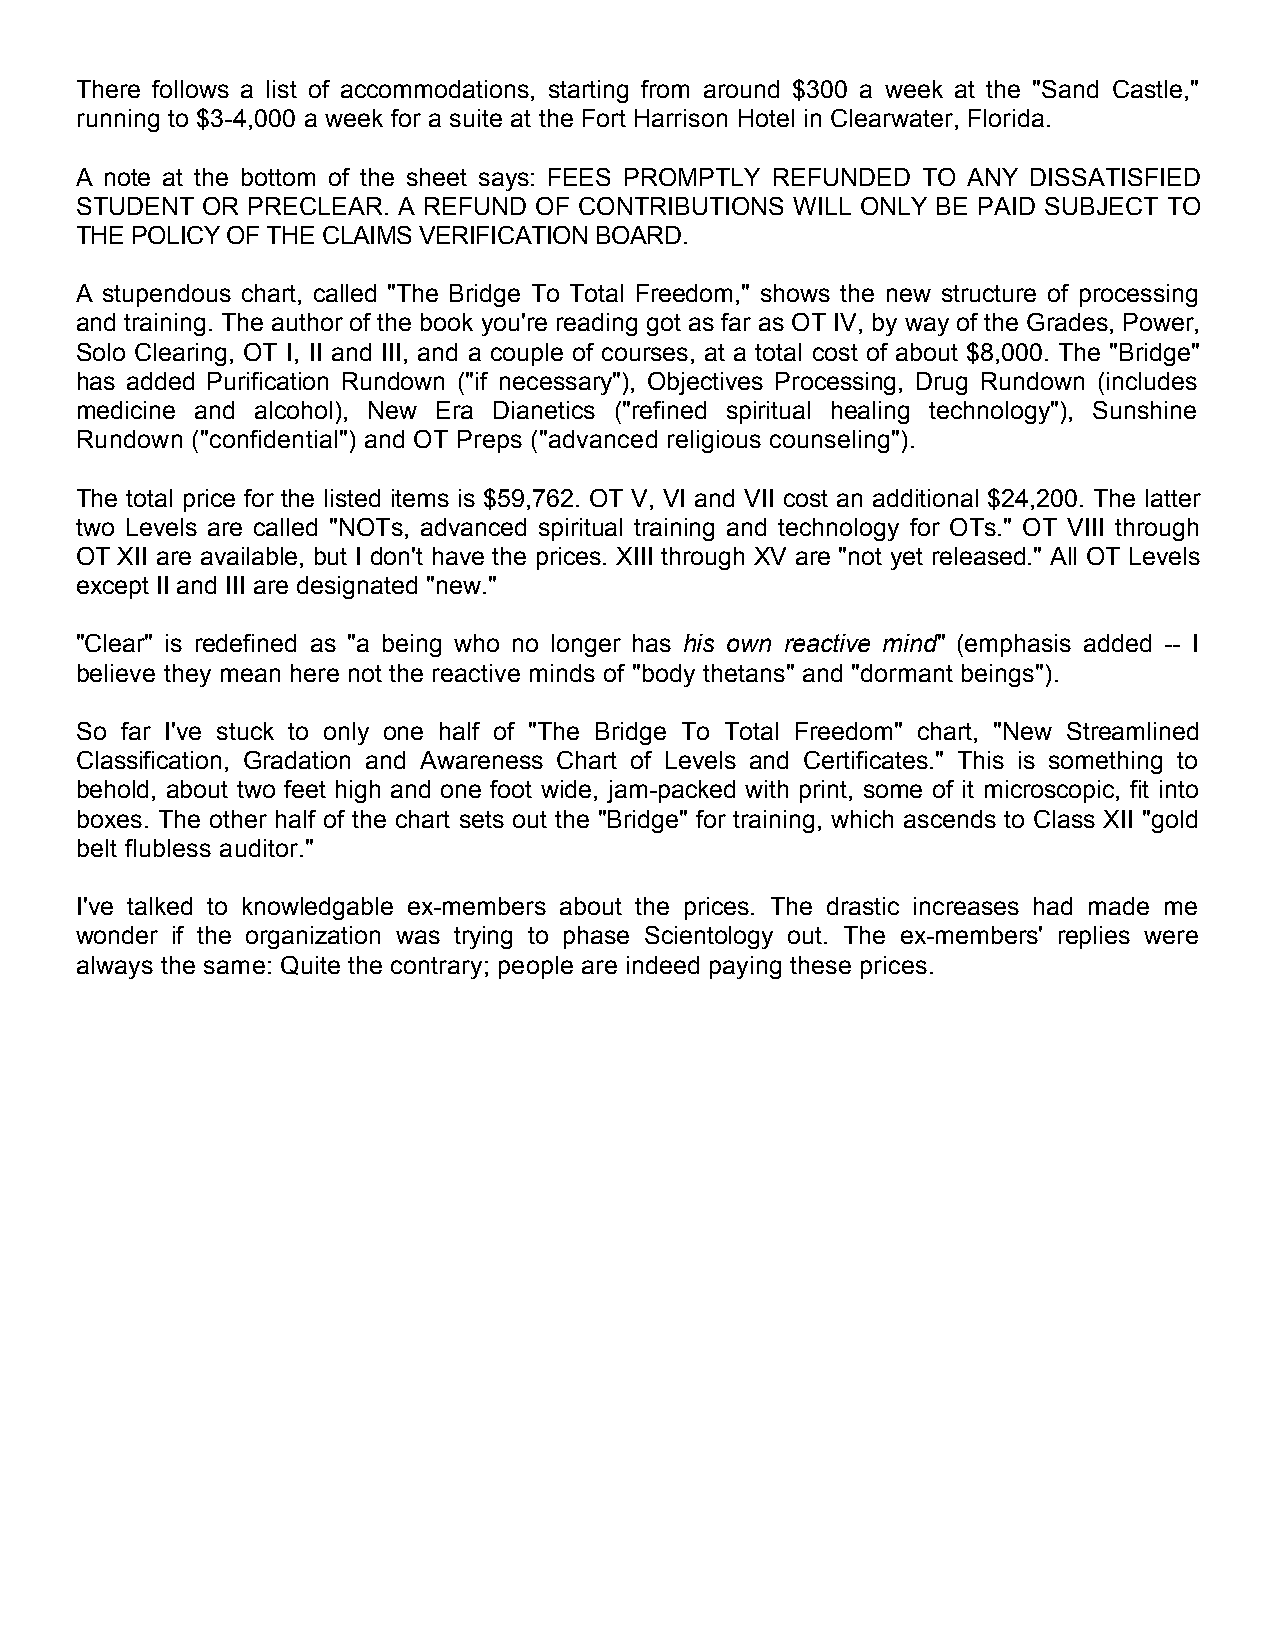
There follows a list of accommodations, starting from around $300 a week at the "Sand Castle,"
 running to $3-4,000 a week for a suite at the Fort Harrison Hotel in Clearwater, Florida.
 A note at the bottom of the sheet says: FEES PROMPTLY REFUNDED TO ANY DISSATISFIED
 STUDENT OR PRECLEAR. A REFUND OF CONTRIBUTIONS  WILL ONLY BE PAID SUBJECT TO
 THE POLICY OF THE CLAIMS VERIFICATION BOARD.
 A stupendous chart, called "The Bridge To Total Freedom," shows the new structure of processing
 and training. The author of the book you're reading got as far as OT IV, by way of the Grades, Power,
 Solo Clearing, OT I, II and III, and a couple of courses, at a total cost of about $8,000. The "Bridge"
 has added Purification Rundown ("if necessary"), Objectives Processing, Drug Rundown (includes
 medicine and alcohol), New Era Dianetics ("refined spiritual healing technology"), Sunshine
 Rundown ("confidential") and OT Preps ("advanced religious counseling").
 The total price for the listed items is $59,762. OT V, VI and VII cost an additional $24,200. The latter
 two Levels are called "NOTs, advanced spiritual training and technology for OTs." OT VIII through
 OT XII are available, but I don't have the prices. XIII through XV are "not yet released." All OT Levels
 except II and III are designated "new."
 "Clear" is redefined as "a being who no longer has his own reactive mind" (emphasis added -- I
 believe they mean here not the reactive minds of "body thetans" and "dormant beings").
 So far I've stuck to only one half of "The Bridge To Total Freedom" chart, "New Streamlined
 Classification, Gradation and Awareness Chart of Levels and Certificates." This is something to
 behold, about two feet high and one foot wide, jam-packed with print, some of it microscopic, fit into
 boxes. The other half of the chart sets out the "Bridge" for training, which ascends to Class XII "gold
 belt flubless auditor."
 I've talked to knowledgable ex-members about the prices. The drastic increases had made me
 wonder if the organization was trying to phase Scientology out. The ex-members' replies were
 always the same: Quite the contrary; people are indeed paying these prices.